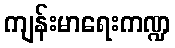
ကျန်းမာရေးကဏ္ဍ